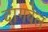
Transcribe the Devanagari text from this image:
दागबेल